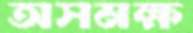
অসমক্ষ